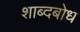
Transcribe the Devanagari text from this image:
शाब्दबोध